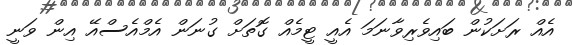
އެއް ރަށަކުން ބައިވެރިވާނަމަ އެއީ ޓީމެއް ގޮތަށް ގުނަން އެމްއެސްއޭ އިން ވަނީ